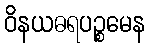
ဝိနယဓရပဉ္စမေန